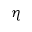
\eta